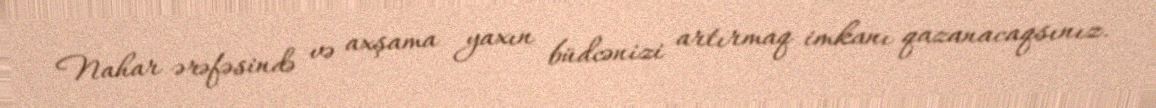
Nahar ərəfəsində və axşama yaxın büdcənizi artırmaq imkanı qazanacaqsınız.